Problem: 7 + 26 = ?
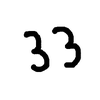
Handwritten answer: 33